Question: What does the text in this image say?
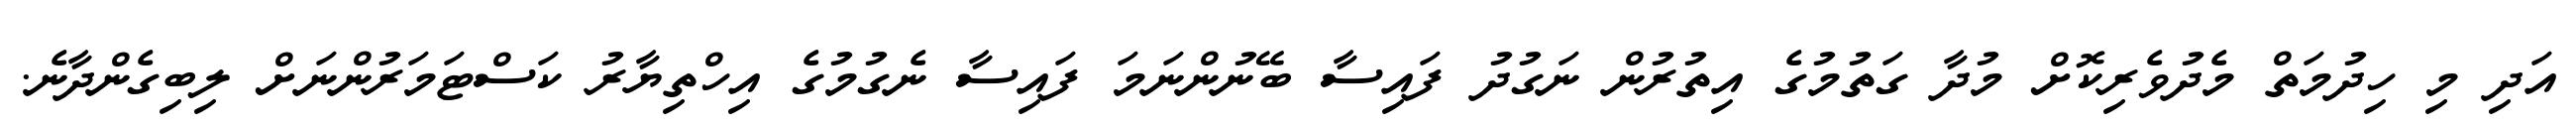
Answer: އަދި މި ހިދުމަތް މެދުވެރިކޮށް މުދާ ގަތުމުގެ އިތުރުން ނަގުދު ފައިސާ ބޭނުންނަމަ ފައިސާ ނެގުމުގެ އިހްތިޔާރު ކަސްޓަމަރުންނަށް ލިބިގެންދާނެ.